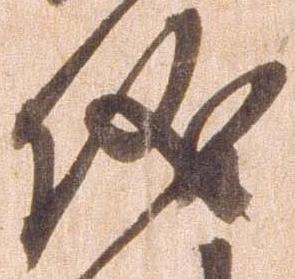
儀